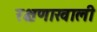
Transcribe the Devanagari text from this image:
रक्षणाखाली